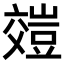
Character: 𧯺